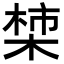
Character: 𪲳